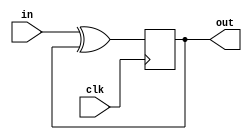
module top_module (
    input                   clk,
    input                   in,
    output                  out
);

    always @ (posedge clk) begin
        out <= in ^ out;
    end
    

endmodule